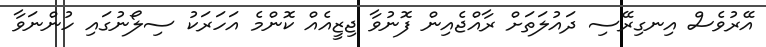
އޭރުވެސް އިނގިރޭސި ދައުލަތަށް ރާއްޖެއިން ފޮނުވާ ޖިޒީއެއް ކޮންމެ އަހަރަކު ސިލޯނުގައި ހުންނަވާ